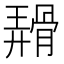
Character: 𬴑